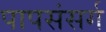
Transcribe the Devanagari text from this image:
पापसंसर्ग